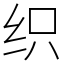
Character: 织